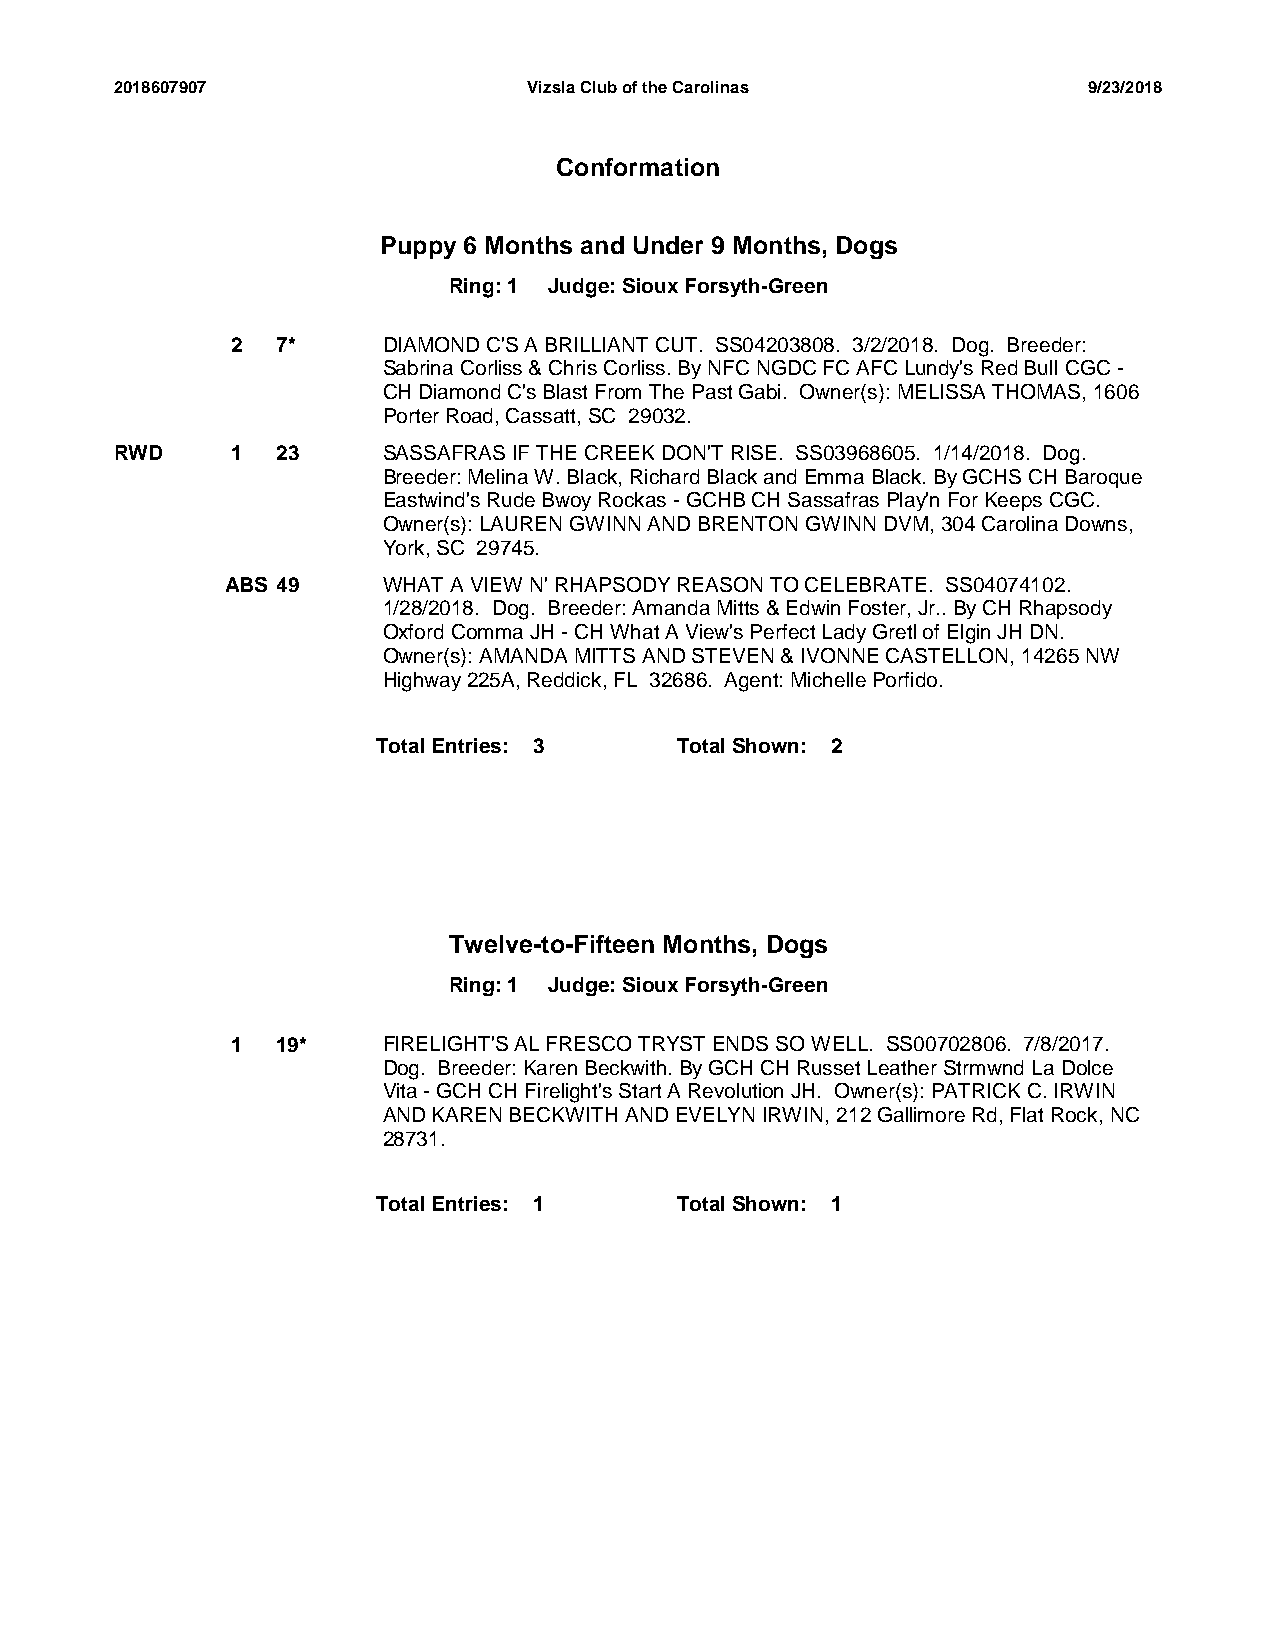
2018607907                 Vizsla Club of the Carolinas         9/23/2018
 Conformation
 Puppy 6 Months and Under 9 Months, Dogs
 Ring: 1 Judge: Sioux Forsyth-Green
 2  7*     DIAMOND C'S A BRILLIANT CUT. SS04203808. 3/2/2018. Dog. Breeder:
 Sabrina Corliss & Chris Corliss. By NFC NGDC FC AFC Lundy's Red Bull CGC -
 CH Diamond C's Blast From The Past Gabi. Owner(s): MELISSA THOMAS, 1606
 Porter Road, Cassatt, SC 29032.
 RWD    1  23     SASSAFRAS IF THE CREEK DON'T RISE. SS03968605. 1/14/2018. Dog.
 Breeder: Melina W. Black, Richard Black and Emma Black. By GCHS CH Baroque
 Eastwind's Rude Bwoy Rockas - GCHB CH Sassafras Play'n For Keeps CGC.
 Owner(s): LAUREN GWINN AND BRENTON GWINN DVM, 304 Carolina Downs,
 York, SC 29745.
 ABS 49    WHAT A VIEW N' RHAPSODY REASON TO CELEBRATE. SS04074102.
 1/28/2018. Dog. Breeder: Amanda Mitts & Edwin Foster, Jr.. By CH Rhapsody
 Oxford Comma JH - CH What A View's Perfect Lady Gretl of Elgin JH DN.
 Owner(s): AMANDA MITTS AND STEVEN & IVONNE CASTELLON, 14265 NW
 Highway 225A, Reddick, FL 32686. Agent: Michelle Porfido.
 Total Entries: 3    Total Shown: 2
 Twelve-to-Fifteen Months, Dogs
 Ring: 1 Judge: Sioux Forsyth-Green
 1  19*    FIRELIGHT'S AL FRESCO TRYST ENDS SO WELL. SS00702806. 7/8/2017.
 Dog. Breeder: Karen Beckwith. By GCH CH Russet Leather Strmwnd La Dolce
 Vita - GCH CH Firelight's Start A Revolution JH. Owner(s): PATRICK C. IRWIN
 AND KAREN BECKWITH AND EVELYN IRWIN, 212 Gallimore Rd, Flat Rock, NC
 28731.
 Total Entries: 1    Total Shown: 1